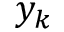
y _ { k }